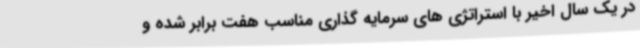
در یک سال اخیر با استراتژی های سرمایه گذاری مناسب هفت برابر شده و